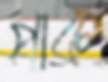
পাক